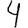
Digit: 4